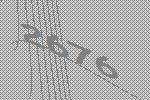
2676